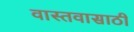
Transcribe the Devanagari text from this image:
वास्तवासाठी